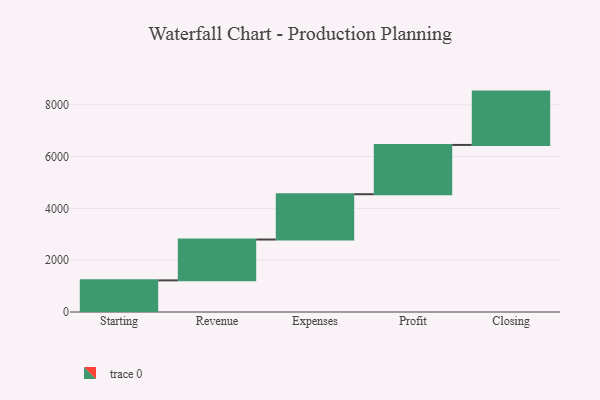
{"axis": {"x": "Step", "y": "Value"}, "legend": [""], "data": [{"x": "Starting", "y": 1221.0, "type": ""}, {"x": "Revenue", "y": 1577.0, "type": ""}, {"x": "Expenses", "y": 1749.0, "type": ""}, {"x": "Profit", "y": 1902.0, "type": ""}, {"x": "Closing", "y": 2059.0, "type": ""}]}